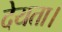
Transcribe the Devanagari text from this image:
देयता।